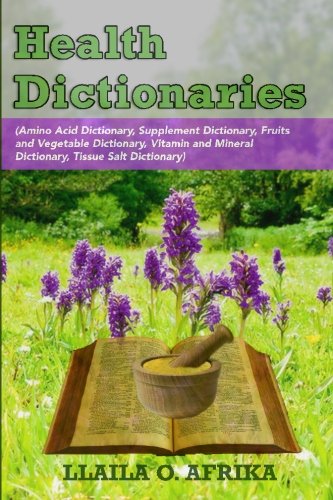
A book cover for Health Dictionaries: (Amino Acid Dictionary, Supplement Dictionary, Fruits and Vegetable Dictionary, Vitamin and Mineral Dictionary, Tissue Salt Dictionary); Llaila O. Afrika; Health, Fitness & Dieting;